Punjab Mental Hospital Lahore 1932-46 - 1932-1946
Year: 1932
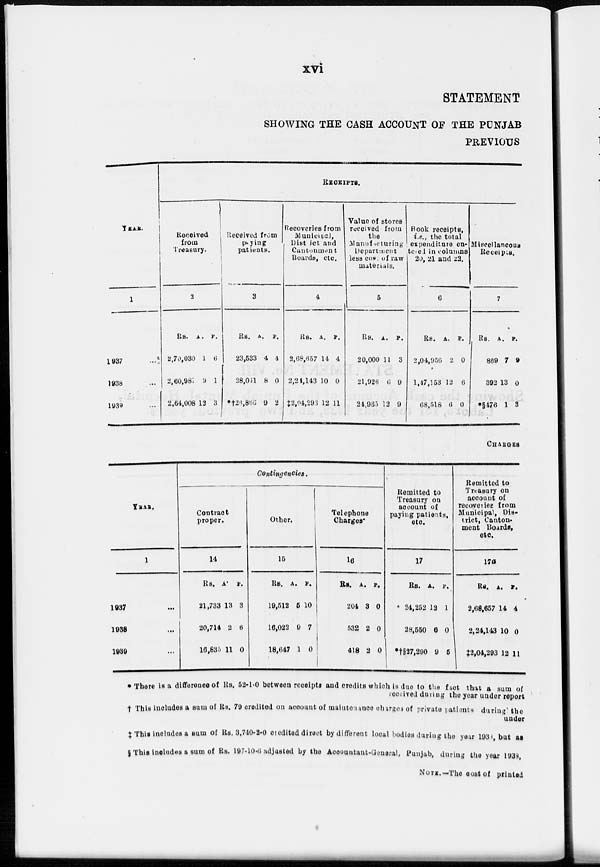
xvi
STATEMENT
SHOWING THE CASH ACCOUNT OF THE PUNJAB
PREVIOUS
YEAR.
1
1937 ...
1938 ...
1939 ...
RECEIPTS.
Received
from
Treasury.
2
Rs.
2,70,030
2,60,981
2,64,008
A.
1
9
13
P.
6
1
3
Received from
Paying
patients.
3
Rs.
23,533
28,011
*†26,866
A.
4
8
9
P.
4
0
2
Recoveries from
Municipal,
District and
Cantenmant
Boards, etc.
4
Rs.
2,68,657
2,24,143
‡ 2,04,293
A.
14
10
12
P.
4
0
11
Value of stores
received from
the
Manufacturing
Department
less cost of raw
materials.
5
Rs.
20,000
21,926
24,965
A.
11
6
13
P.
3
9
9
Book receipts,
i.e., the total
expenditure en-
tered in columns
20, 21 and 22.
6
Rs.
2,04,956
1,47,153
68,518
A.
2
12
6
P.
0
6
0
Miscellaneous
Receipts.
7
Rs.
869
392
*§476
A.
7
13
1
P.
9
0
3
CHARGES
YEAR.
1
1937 ...
1938 ...
1939 ...
Contingencies.
Contract
proper.
14
Rs.
21,733
20,714
16,835
A.
13
2
11
P.
3
6
0
Other.
15
Rs.
19,512
16,022
18,647
A.
5
9
1
P.
10
7
0
Telephone
Charges.
16
Rs.
204
532
418
A.
3
2
2
P.
0
0
0
Remitted to
Treasury on
account of
paying patients,
etc.
17
Rs.
24,252
28,550
*†§27,290
A.
12
6
9
P.
1
0
5
Remitted to
Treasury on
account of
recoveries from
Municipal, Dis-
trict, Canton-
ment Boards,
etc.
17a
Rs.
2,68,657
2,24,143
‡2,04,293
A.
14
10
12
P.
4
0
11
* There is a difference of Rs. 52-1.0 between receipts and credits which is due to the fact that a sum of
received during the year under report
† This includes a sum of Rs. 79 credited on account of maintenance charges of private patients during the
under
‡ This includes a sum of Rs. 3,740-2-0 credited direct by different local bodies during the year 1938 but as
§ This includes a sum of Rs. 197-10.6 adjusted by the Accountant-General, Punjab, during the year 1938
NOTE.—The cost of printed